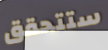
ستتحقق